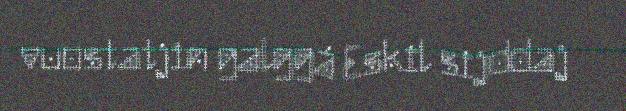
vuostatjin galggá Eskil sijddaj